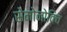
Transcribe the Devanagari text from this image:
सेमोनोविच